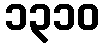
၁၃၁၀